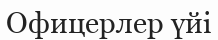
Офицерлер үйі